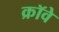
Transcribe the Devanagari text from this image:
क्रॉवे